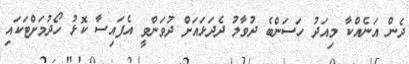
ދެން އަނެއްކާ މިއަދު ހަސަންބެ ދުވާލު ދެދަޅައަށް ދުވަންވީ އެފައިސާ ކޮޅު ހޯދުމަށްޓަކައި